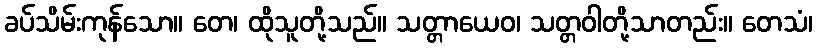
ခပ်သိမ်းကုန်သော။ တေ၊ ထိုသူတို့သည်။ သတ္တာယေဝ၊ သတ္တဝါတို့သာတည်း။ တေသံ၊